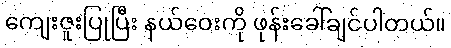
ကျေးဇူးပြုပြီး နယ်ဝေးကို ဖုန်းခေါ်ချင်ပါတယ်။